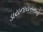
ડાયનાયસસનો